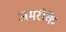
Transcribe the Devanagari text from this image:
अमरीके